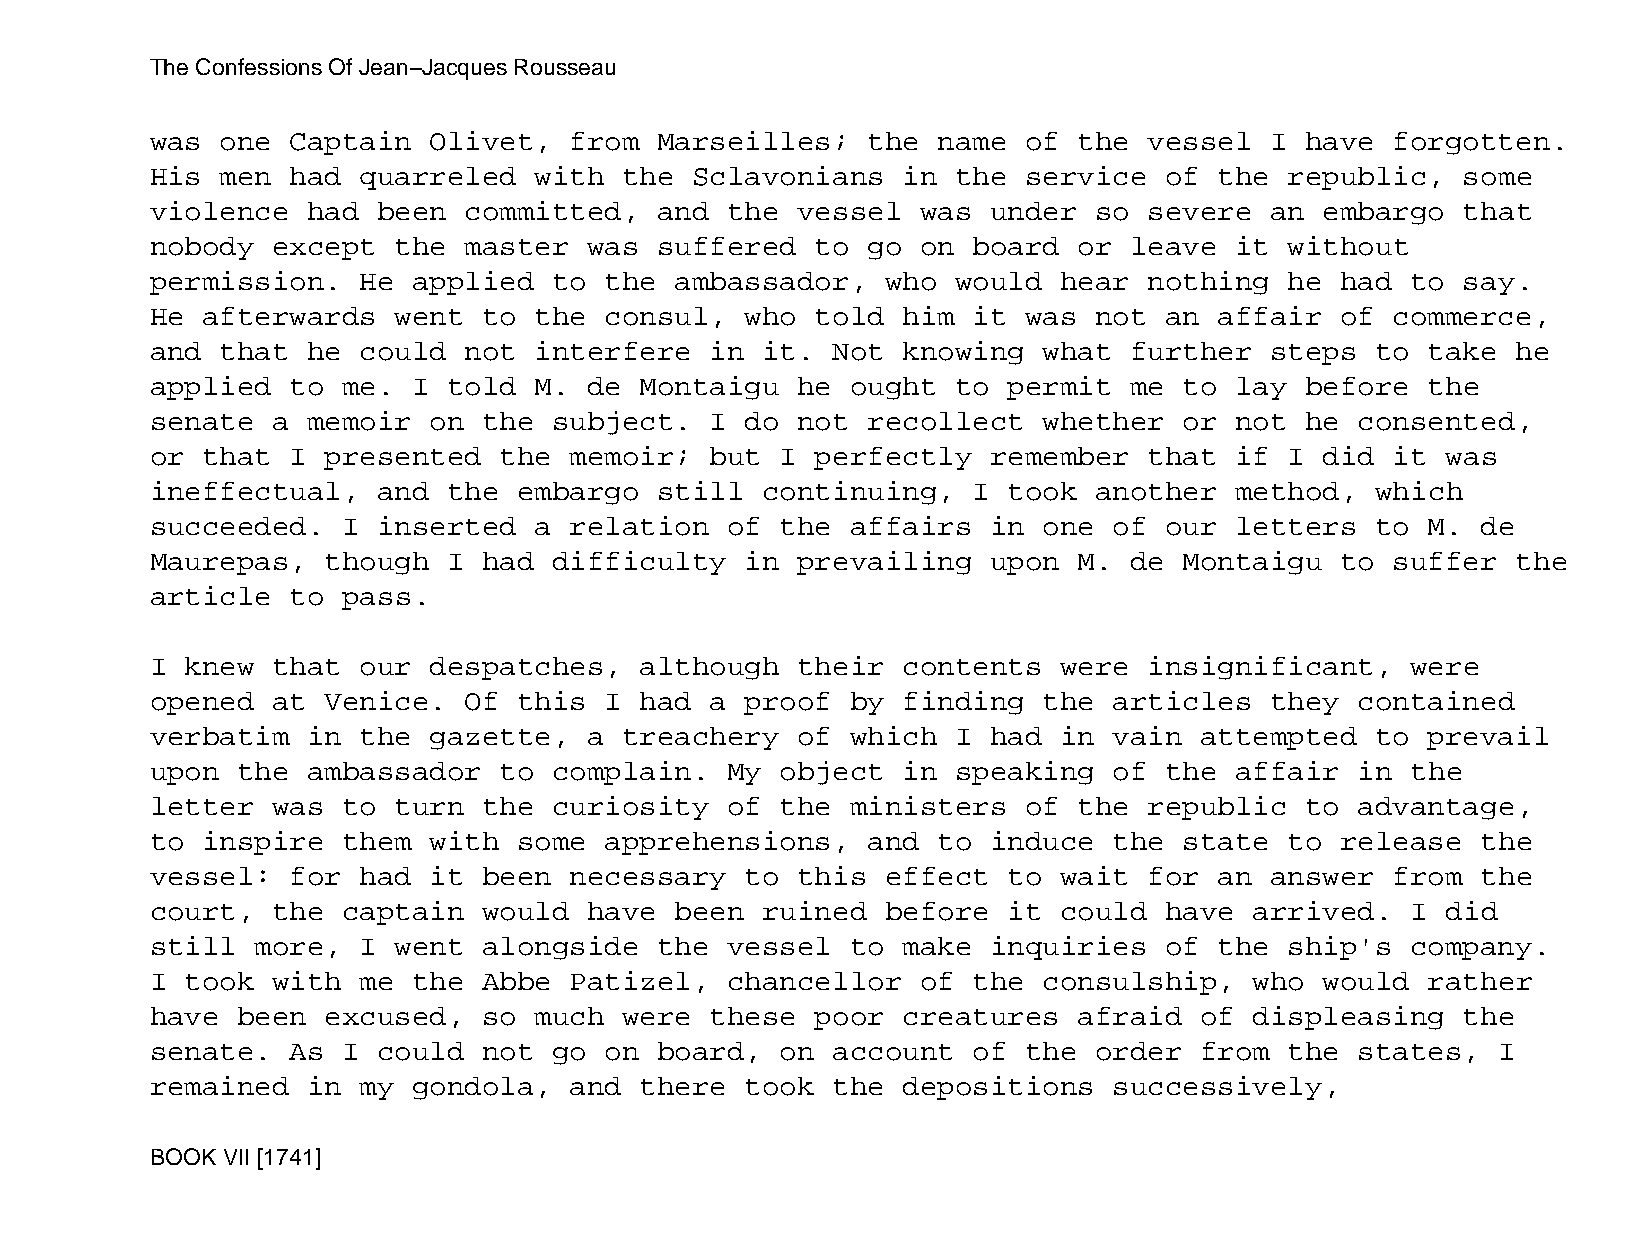
The Confessions Of Jean−Jacques Rousseau
 was  one Captain  Olivet,   from  Marseilles;  the  name  of the  vessel  I have  forgotten.
 His  men had  quarreled  with  the  Sclavonians   in the  service  of  the republic,   some
 violence  had  been  committed,   and the  vessel  was  under so  severe  an  embargo  that
 nobody  except  the  master  was  suffered  to go  on board  or  leave  it without
 permission.   He applied   to the  ambassador,   who would  hear  nothing  he  had to  say.
 He afterwards   went  to the  consul,  who  told  him it  was not  an  affair  of commerce,
 and  that he  could  not interfere   in it.  Not  knowing  what  further  steps  to  take he
 applied  to  me. I  told M.  de Montaigu   he ought  to  permit  me to  lay before   the
 senate  a memoir  on  the  subject.  I do  not recollect   whether  or  not he  consented,
 or that  I  presented  the  memoir;  but  I perfectly   remember  that  if I  did it  was
 ineffectual,   and  the embargo   still continuing,   I  took another   method,  which
 succeeded.   I inserted  a  relation  of  the affairs   in one  of our  letters  to  M. de
 Maurepas,   though  I had  difficulty  in  prevailing   upon M.  de Montaigu   to suffer  the
 article  to  pass.
 I knew  that  our despatches,   although   their  contents  were  insignificant,   were
 opened  at  Venice.  Of this  I had  a proof  by  finding  the  articles  they  contained
 verbatim  in  the gazette,   a treachery   of which  I  had in  vain attempted   to  prevail
 upon  the ambassador   to  complain.  My  object  in speaking   of the  affair  in the
 letter  was  to turn  the  curiosity  of  the ministers   of the  republic  to  advantage,
 to inspire   them with  some  apprehensions,   and  to  induce  the state  to  release  the
 vessel:  for  had it  been  necessary  to  this  effect  to wait  for  an answer  from  the
 court,  the  captain  would  have  been ruined   before  it could  have  arrived.  I  did
 still  more,  I went  alongside   the vessel  to  make  inquiries  of  the ship's  company.
 I took  with  me the  Abbe  Patizel,  chancellor   of the  consulship,   who  would  rather
 have  been  excused,  so much  were  these  poor  creatures  afraid  of  displeasing   the
 senate.  As  I could  not  go on  board,  on account  of  the order  from  the  states,  I
 remained  in  my gondola,   and there  took  the  depositions   successively,
 BOOK VII [1741]